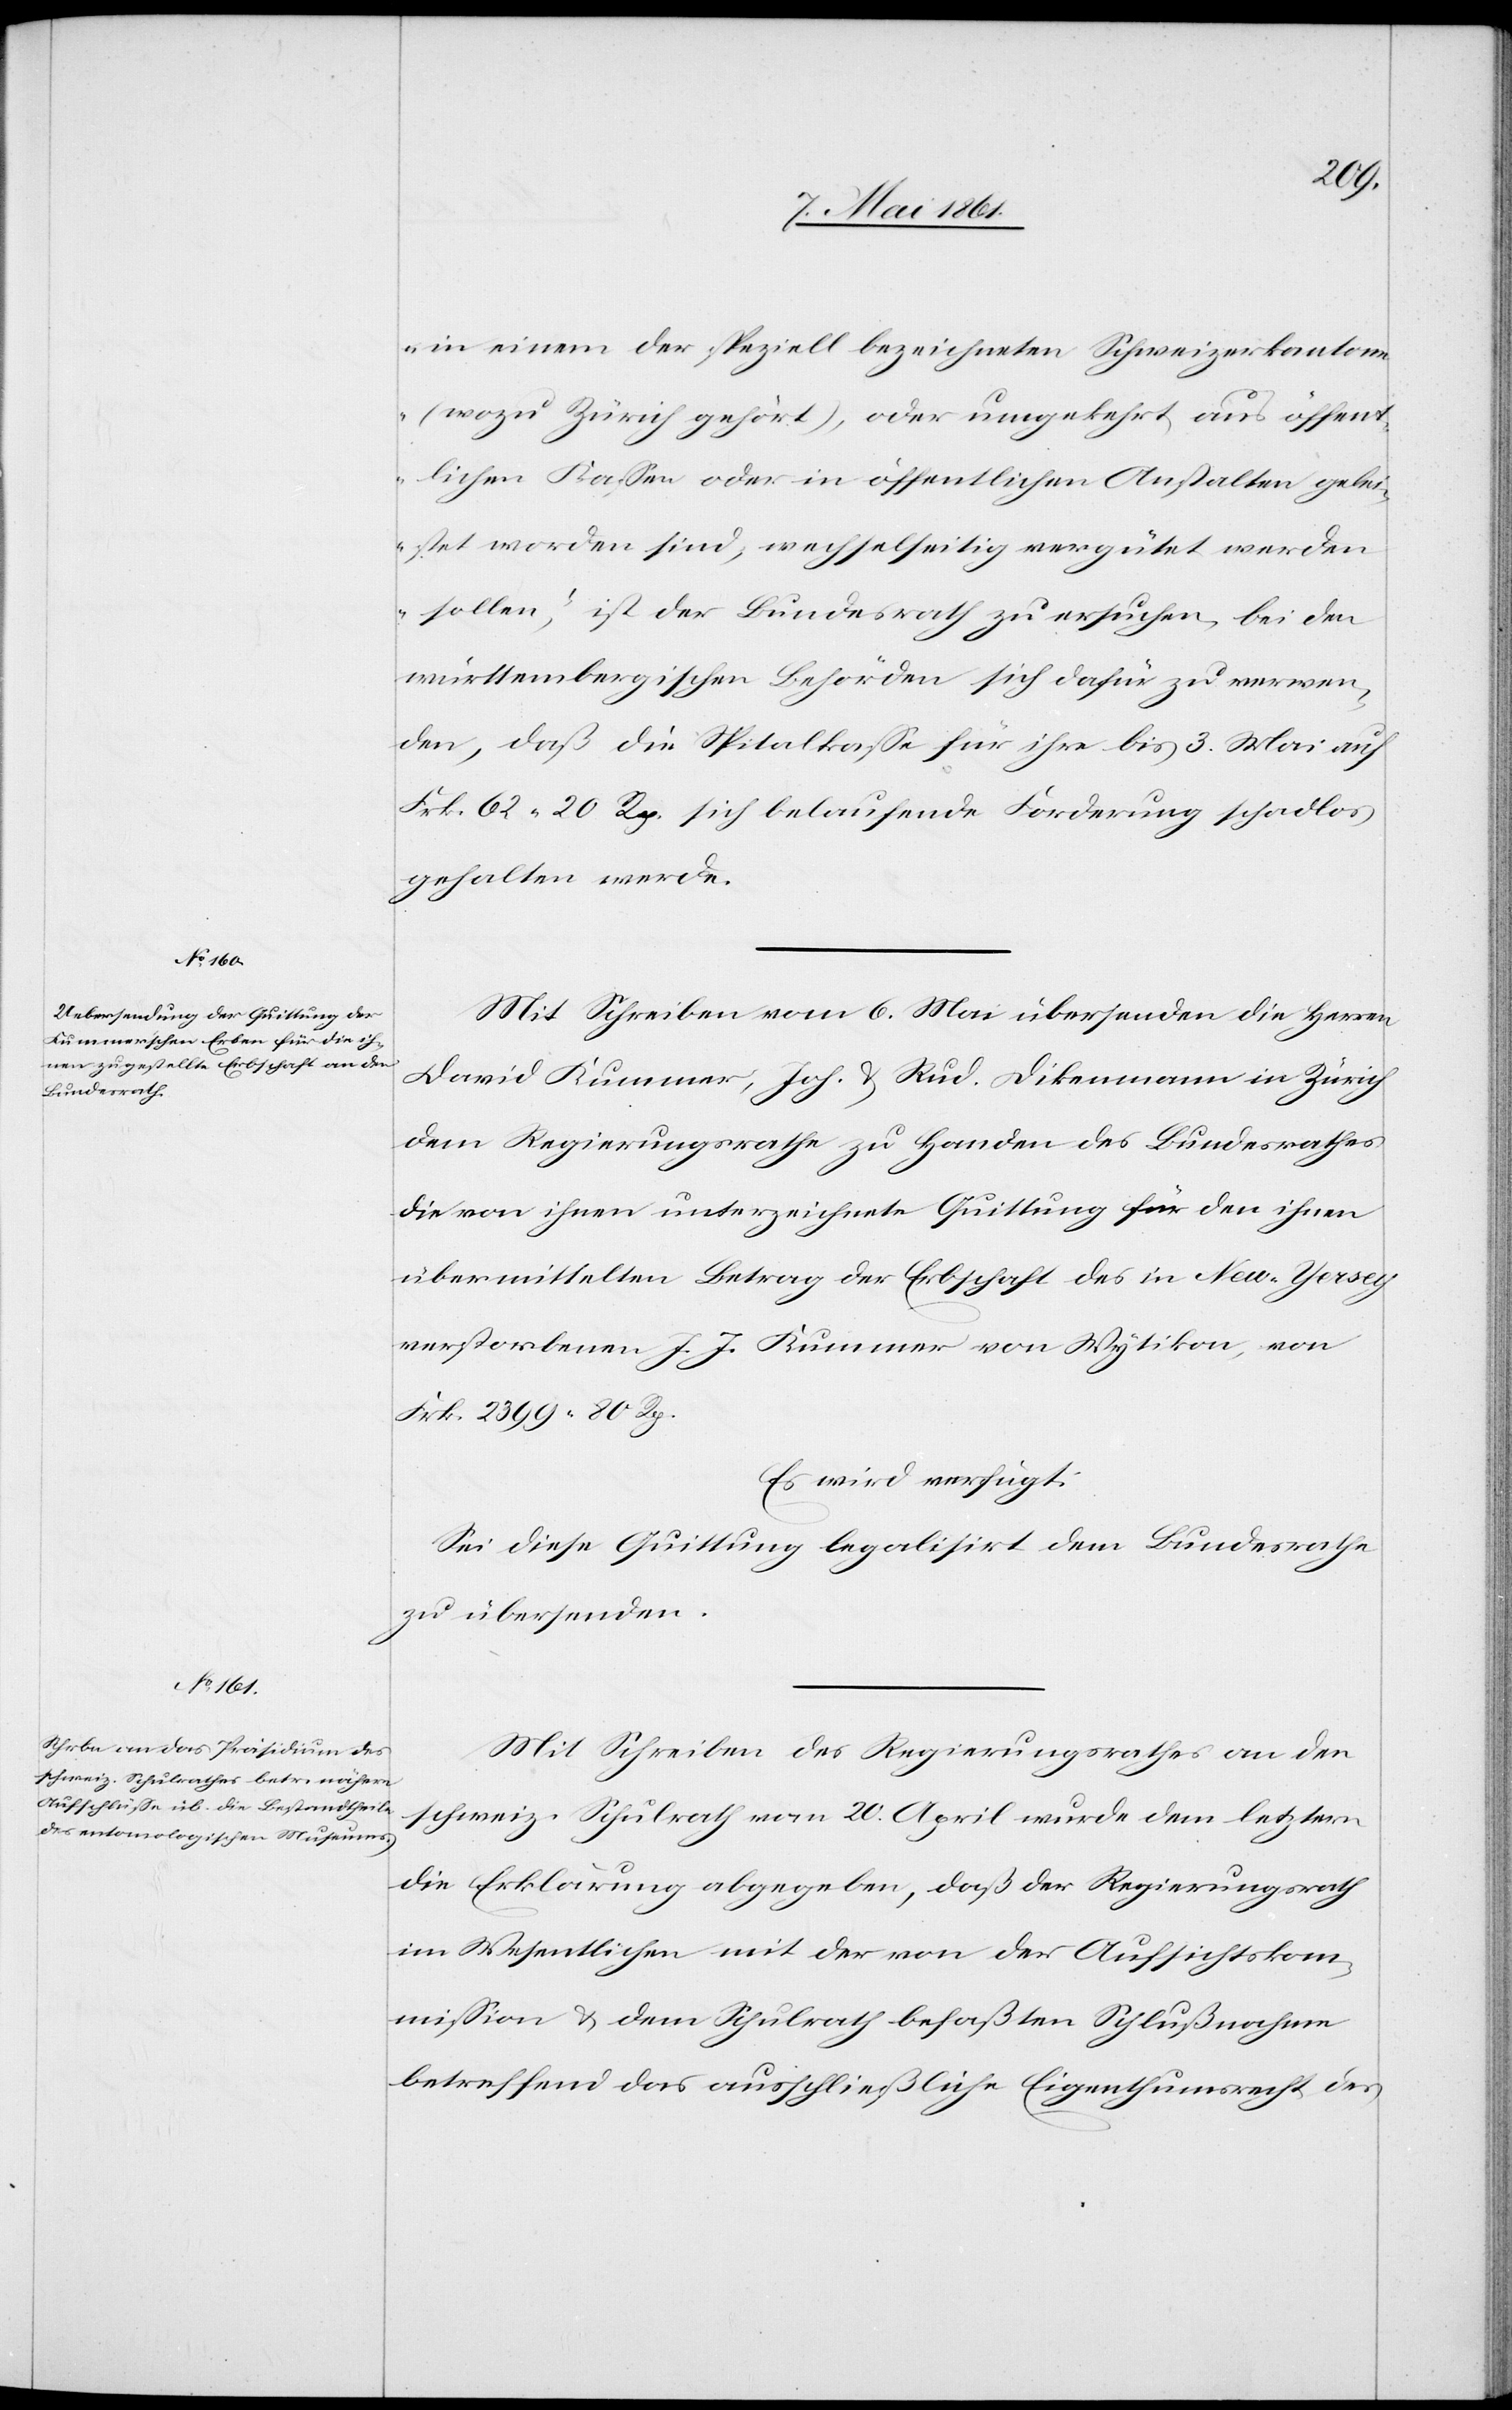
in einem der speziell bezeichneten Schweizerkantonen
(wozu Zürich gehört), oder umgekehrt aus öffent¬
lichen Kassen oder in öffentlichen Anstalten gelei¬
stet worden sind, wechselseitig vergütet werden
sollen,“ ist der Bundesrath zu ersuchen, bei den
württembergischen Behörden sich dafür zu verwen¬
den, daß die Spitalkasse für ihre bis 3. Mai auf
Frk. 62 20 Rp. sich belaufende Forderung schadlos
gehalten werde.
Mit Schreiben vom 6. Mai übersenden die Herren
David Kummer, Joh. u. Rud. Dikenmann in Zürich
dem Regierungsrathe zu Handen des Bundesrathes
die von ihnen unterzeichnete Quittung für den ihnen
übermittelten Betrag der Erbschaft des in New-Yersey
verstorbenen J. J. Kummer von Wytikon, von
Frk. 2399 80 Rp.
Es wird verfügt:
Sei diese Quittung legalisirt dem Bundesrathe
zu übersenden.
Mit Schreiben des Regierungsrathes an den
schweiz. Schulrath vom 20. April wurde dem letztern
die Erklärung abgegeben, daß der Regierungsrath
im Wesentlichen mit der von der Aufsichtskom¬
mission u. dem Schulrath befaßten Schlußnahme
betreffend das ausschließliche Eigenthumsrecht des